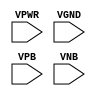
module sky130_fd_sc_ms__decap (
    VPWR,
    VGND,
    VPB ,
    VNB
);

    // Module ports
    input VPWR;
    input VGND;
    input VPB ;
    input VNB ;
     // No contents.
endmodule